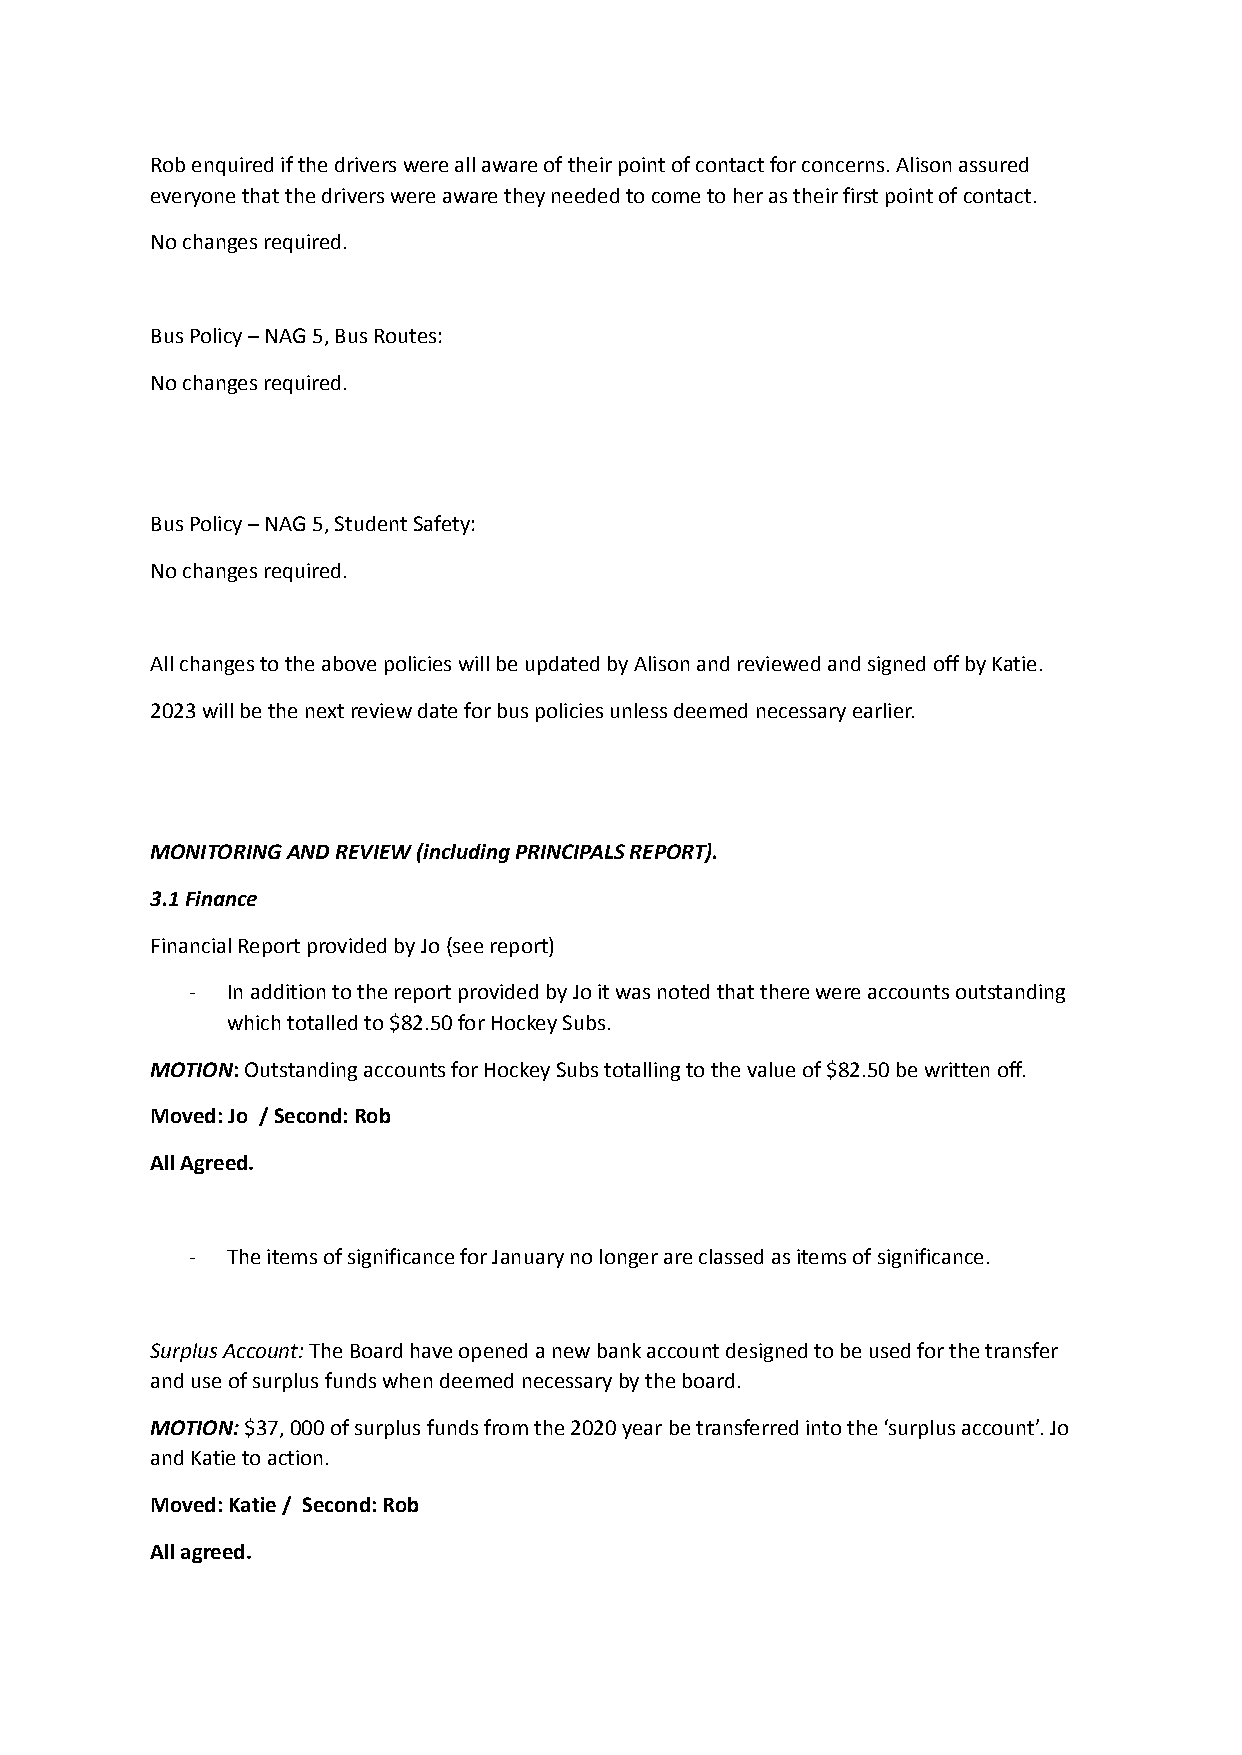
Rob enquired if the drivers were all aware of their point of contact for concerns. Alison assured
 everyone that the drivers were aware they needed tocome to her as their first point of contact.
 No changes required.
 Bus Policy – NAG 5, Bus Routes:
 No changes required.
 Bus Policy – NAG 5, Student Safety:
 No changes required.
 All changes to the above policies will be updatedby Alison and reviewed and signed off by Katie.
 2023 will be the next review date for bus policiesunless deemed necessary earlier.
 MONITORING AND REVIEW (including PRINCIPALS REPORT).
 3.1 Finance
 Financial Report provided by Jo (see report)
 - In addition to the report provided by Jo it was notedthat there were accounts outstanding
 which totalled to $82.50 for Hockey Subs.
 MOTION:Outstanding accounts for Hockey Subs totallingto the value of $82.50 be written off.
 Moved: Jo / Second: Rob
 All Agreed.
 - The items of significance for January no longer areclassed as items of significance.
 Surplus Account:The Board have opened a new bankaccount designed to be used for the transfer
 and use of surplus funds when deemed necessary bythe board.
 MOTION:$37, 000 of surplus funds from the 2020 yearbe transferred into the ‘surplus account’. Jo
 and Katie to action.
 Moved: Katie / Second: Rob
 All agreed.